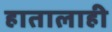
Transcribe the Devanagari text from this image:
हातालाही